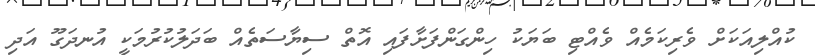
ކުއްލިއަކަށް ވެރިކަމެއް ވެއްޓި ބަޔަކު ހިންގަންފަށާފައި އޮތް ސިޔާސަތެއް ބަދަލުކުރުމަކީ އުނދަގޫ އަދި